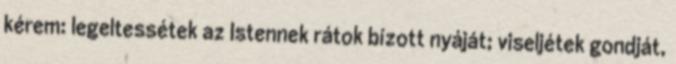
kérem: legeltessétek az Istennek rátok bízott nyáját; viseljétek gondját,